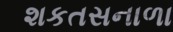
શકતસનાળા